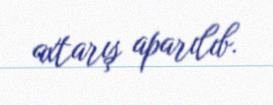
axtarış aparılıb.